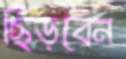
ছিঁড়বেন